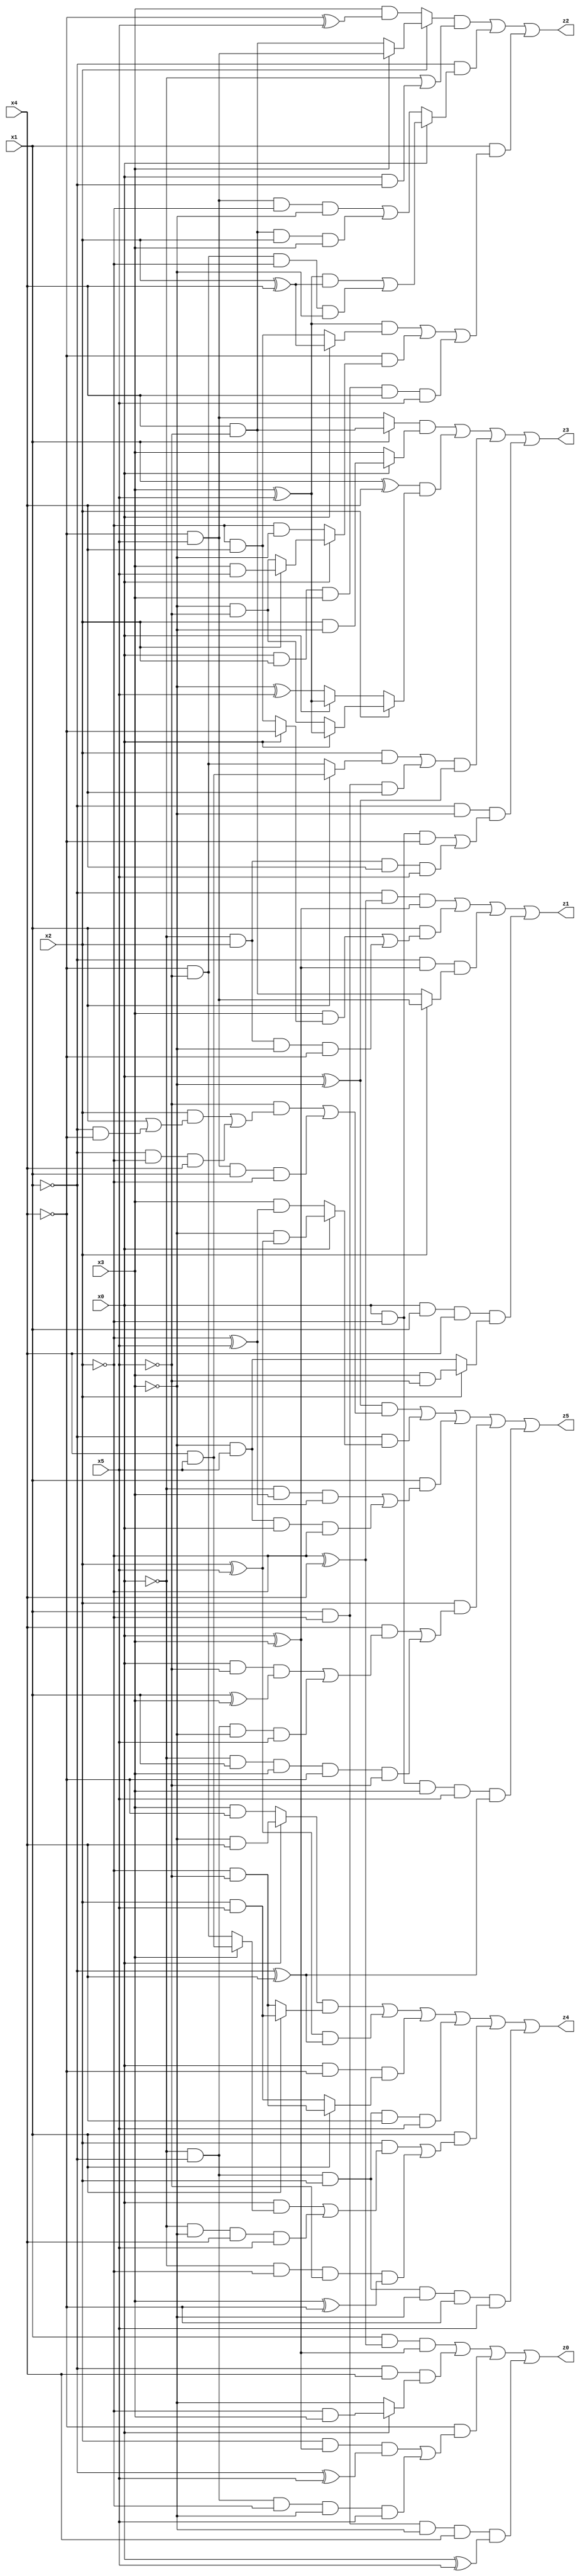
// Benchmark "X_14" written by ABC on Thu Jun 29 03:15:01 2023

module X_14 ( 
    x0, x1, x2, x3, x4, x5,
    z0, z1, z2, z3, z4, z5  );
  input  x0, x1, x2, x3, x4, x5;
  output z0, z1, z2, z3, z4, z5;
  assign z0 = (x1 & (~x2 ^ x4) & (x0 ^ x3)) | (~x1 & x4 & (x0 ? (~x2 & x3) : ~x3)) | (~x4 & ((x2 & (x0 ^ x3) & (~x1 ^ x5)) | (~x0 & ~x1 & ~x2 & ~x3 & x5))) | (x1 & ~x2 & ~x3 & x4 & (x0 ^ x5));
  assign z1 = (~x1 & (~x2 ^ x4) & (x0 ^ x3)) | (x1 & ((x3 & (x0 ? ~x4 : (~x2 & x4))) | (~x0 & x2 & ~x3 & ~x4))) | (~x1 & (x0 ^ x3) & (x2 ? (~x4 & x5) : (x4 & ~x5))) | (x0 & x1 & x4 & (x2 ? (x3 & ~x5) : (~x3 & x5)));
  assign z2 = ((x2 ? (x3 ? (~x4 & x5) : (x4 & ~x5)) : (x3 & (~x4 ^ x5))) & (~x0 | (x0 & ~x1))) | (~x1 & (x0 ? (((x3 ^ x5) & (x2 ^ x4)) | (~x4 & ~x5 & ~x2 & ~x3)) : ((~x4 & x5 & ~x2 & ~x3) | (x4 & ~x5 & x2 & x3)))) | (x1 & (((x3 ^ x5) & (x0 ? (x2 ^ x4) : (~x2 & x4))) | (~x4 & (x0 ? (x2 ? (x3 & x5) : (~x3 & ~x5)) : (~x2 & ~x3))) | (x0 & x2 & x3 & x4 & x5)));
  assign z3 = ((x1 ? (x4 & ~x5) : (~x4 & x5)) & (x0 ? (x2 & ~x3) : x3)) | ((x1 ^ x4) & (x2 ? (x0 ? (x3 ^ x5) : (~x3 & ~x5)) : (x0 ? (x3 ^ x5) : (~x3 ^ x5)))) | (((x2 & (x1 ? (x4 & x5) : (~x4 & ~x5))) | (x1 & ~x2 & x4)) & (x0 ^ ~x3)) | (~x1 & ~x3 & ((x0 & ~x2 & ~x4) | (~x0 & x2 & x4 & x5)));
  assign z4 = ((x0 ? (~x3 & x4) : (x3 & ~x4)) & (x1 ? (x2 & x5) : (~x2 & ~x5))) | ((x2 ^ x5) & (~x1 ^ x4)) | (x0 & ~x4 & (x1 ? (~x2 & ~x5) : (x2 & x5))) | (~x0 & ~x1 & x2 & x4 & x5) | (x1 & ((x2 & ((x0 & (x3 ? (x4 & x5) : (~x4 & ~x5))) | (~x0 & ~x3 & x4 & x5))) | (~x0 & ~x2 & ~x5 & (x3 ^ ~x4)))) | (~x0 & ~x1 & x2 & ~x3 & ~x4 & x5);
  assign z5 = ((x0 ^ ~x3) & ((~x5 & ((x2 & (x1 | (~x1 & ~x4))) | (~x1 & ~x2 & x4))) | (~x4 & x5 & x1 & ~x2))) | (~x1 & (x0 ? (~x3 & (x2 ^ x5)) : (x3 & (~x2 ^ x5)))) | (x1 & ((~x0 & x3 & (~x2 ^ x5)) | (~x3 & x5 & x0 & ~x2))) | (x2 & ((x4 & ((x0 & ~x5 & (x1 ^ x3)) | (~x0 & ~x1 & ~x3 & x5))) | (~x0 & x1 & x3 & ~x4 & ~x5))) | (x0 & ~x2 & x3 & x5 & (~x1 ^ x4));
endmodule